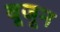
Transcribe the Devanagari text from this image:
बूजून